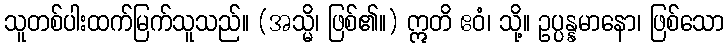
သူတစ်ပါးထက်မြက်သူသည်။ (အသ္မိ၊ ဖြစ်၏။) ဣတိ ဧဝံ၊ သို့။ ဥပ္ပန္နမာနော၊ ဖြစ်သော